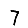
Digit: 7